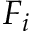
F _ { i }